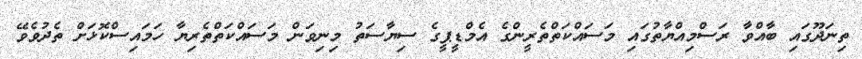
ތިނަދޫގައި ބާއްވާ ރަސްމިއްޔާތުގައި މަސައްކަތްތެރީންގެ އެމްޑީޕީގެ ސިޔާސަތު މިނިވަން މަސައްކަތްތެރިޔާ ހަމައިސްކޮޅަށް ތެދުވެވޭ